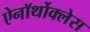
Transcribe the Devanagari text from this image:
ऐनॉर्थोक्लेस